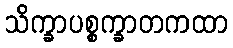
သိက္ခာပစ္စက္ခာတကထာ